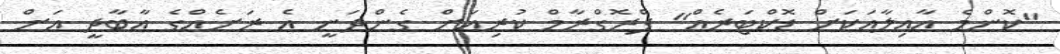
"ކޮންމެ އާއިލާއަކަށް ޑޮކްޓަރެއް" ޕްރޮގްރާމް ކުރިއަށް ގެންދަނީ އެ ރަށެއްގެ އާބާދީ އަށް